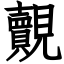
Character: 覿